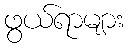
ဖွယ်ရာများ